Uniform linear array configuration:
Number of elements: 24
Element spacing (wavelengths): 0.5
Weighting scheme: cosine
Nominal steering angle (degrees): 30
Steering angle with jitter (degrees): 30.89
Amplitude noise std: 0.05
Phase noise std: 0.05

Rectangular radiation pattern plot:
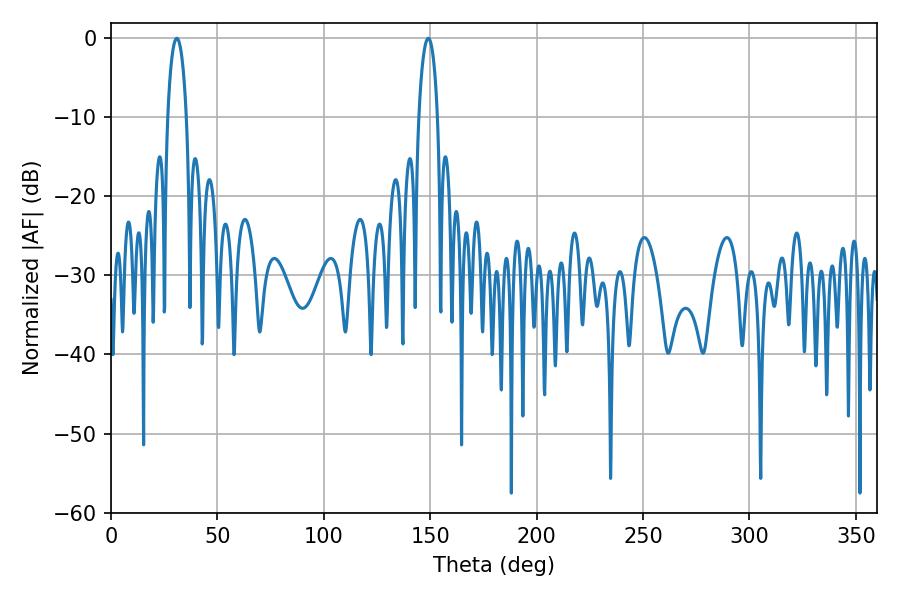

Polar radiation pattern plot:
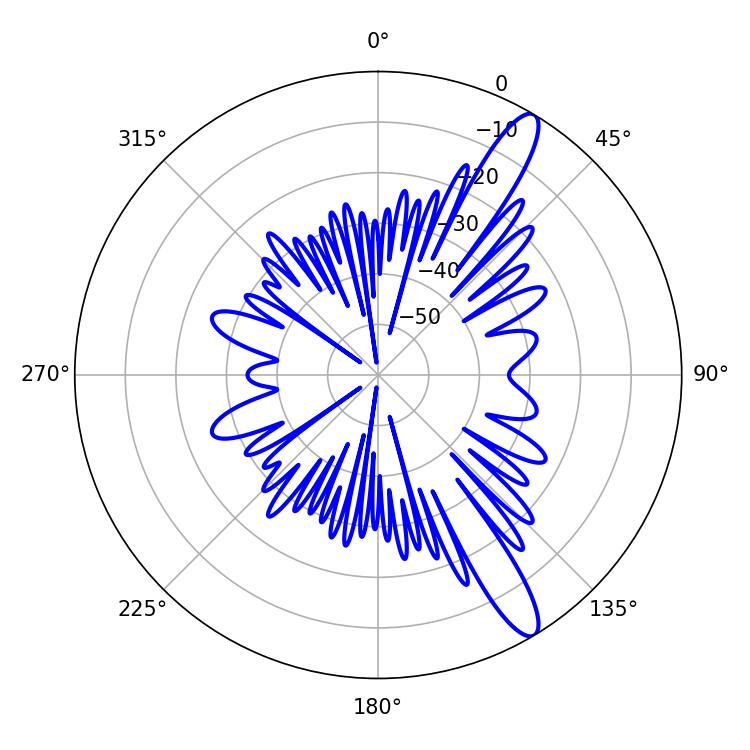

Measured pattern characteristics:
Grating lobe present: FALSE
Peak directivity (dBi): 12.999
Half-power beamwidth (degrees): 5.04
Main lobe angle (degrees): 30.96